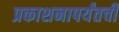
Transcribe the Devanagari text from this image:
प्रकाशनापर्यंतची